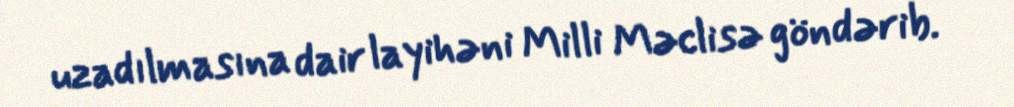
uzadılmasına dair layihəni Milli Məclisə göndərib.